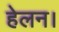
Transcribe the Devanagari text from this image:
हेलन।